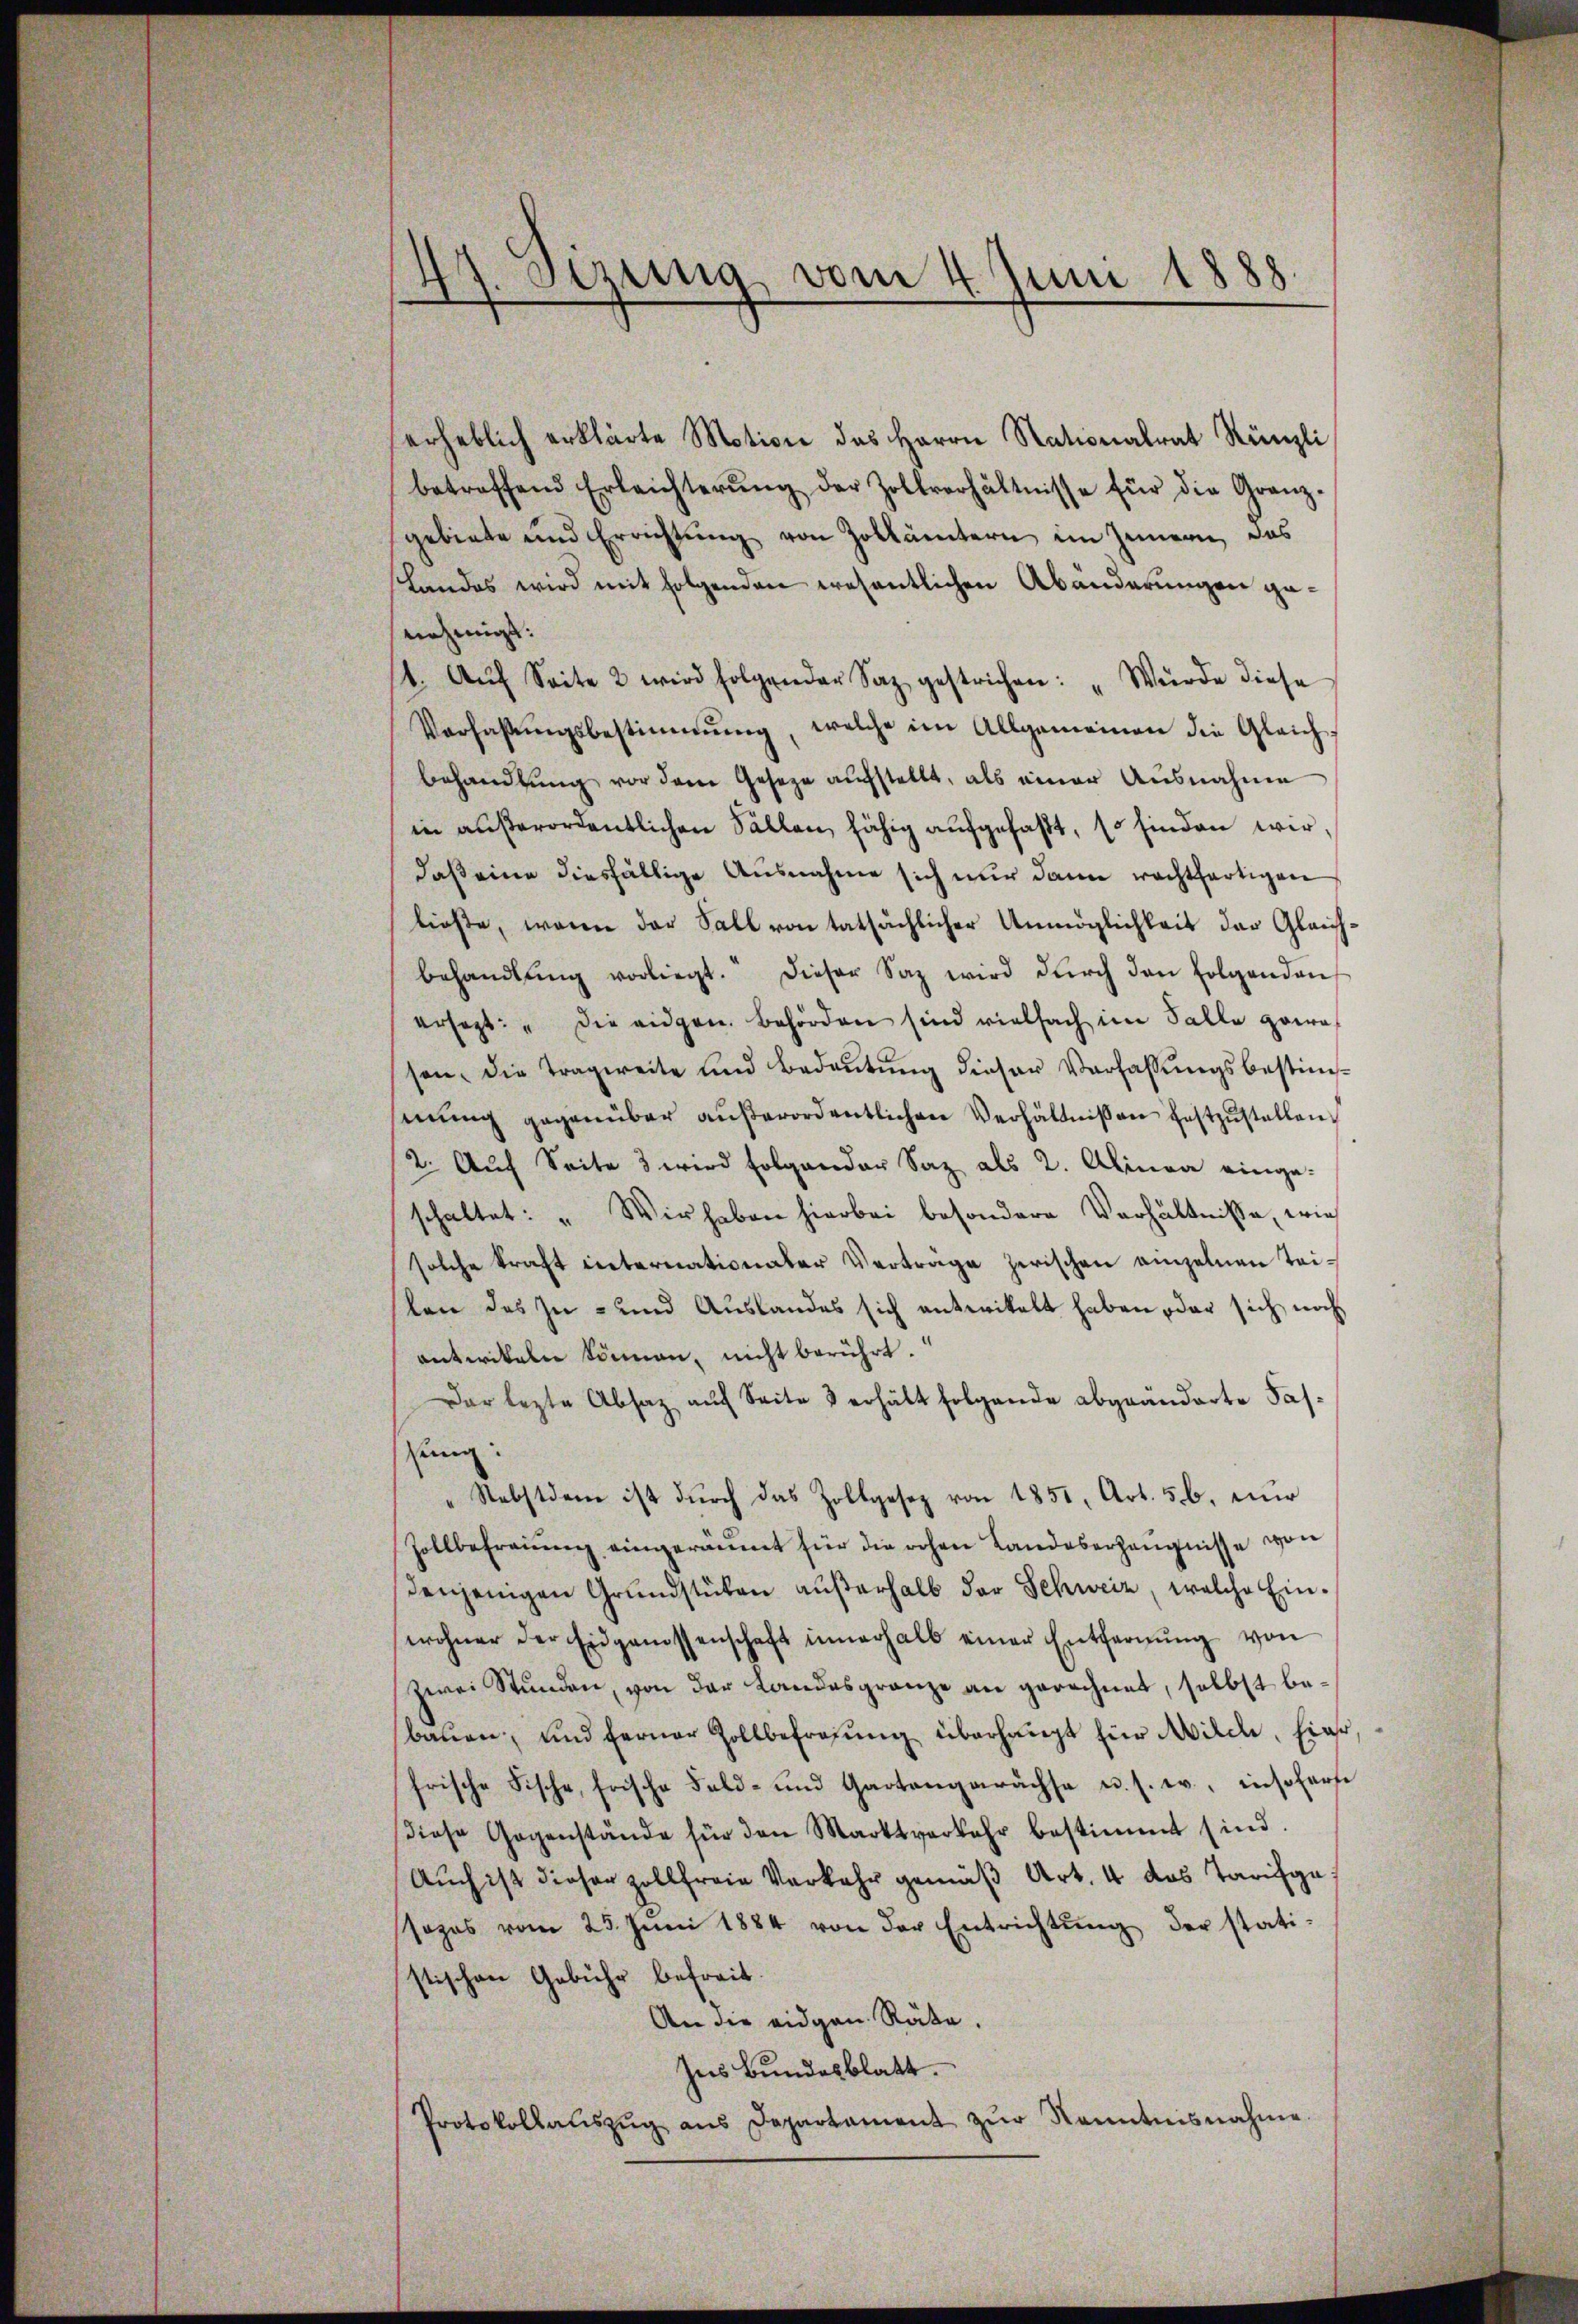
d. sezung vom 4. Juni 1888.
¬

erheblich erklärte Motion des Herrn Nationalrat Künzli
betreffend Erleichterŭng der Zollverhältnisse für die Granz-
gebiete und Errichtung von Zollämtern im Innern, das
slandes wird mit folgenden wesentlichen Abänderungen genehmigt:
(4. Aŭf Seite 2 wird folgender Saz gestrichen: "Würde diese
Verfassŭngsbestimmung, welche im Allgemeinen die Gleichbehandlung vor dem Geseze aufstellt, als einer Ausnahme
in außerordentlichen Fällen fähig aufgefaßt, so finden wir,
daß eine diesfällige Ausnahme sich nur dann rechtfertigen
ließe, wenn der Sall von tatsächlicher Unmöglichkeit der Gleichbehandlŭng vorliegt. Dieser Satz wird dŭrch den folgenden
ersagt: " die eidgen. Behörden sind vielfach im Falle gewa
sen, die Tragereite und Bedeŭtŭng dieser Verfassŭngsbestim-
mŭng gegenüber außerordentlichen Verhältnissen festzustellen.
2. Auf Seite 3 wird folgender Saz als 2. Alina einge-
schaltet: „Wir haben hierbei besondere Verhältnisse, wie
solche kraft internationaler Vertrage zwischen einzelnen Teiken des Zu- und Auslandes sich entwickelt haben oder sich noch
antikeln können, nicht berührt.
Dar lezte Absatz auf Seite 3 erhält folgende abgeänderte Fassung:
Nebstdem ist durch das Zollgesez von 1851, Art. 56. nur
Zollbefraŭŭng eingeräumt für die rohen Landeserzeugnisse von
denjenigen Grŭndstücken aŭβerhalb der Schweiz, welche Ein-
wohner der Eidgenossenschaft innerhalb einer Entfernŭng von
zwei Stunden, von der Landesgränze an gerechnet, selbst bebaŭen, und ferner Zollbefragŭng überhaupt für Milde, hier,
frische Fische, frische Feld- und Gartengerächse u. s. w., insoferse
diese Gegenstände für den Marktverkehr bestimmt sind.
Auch ist dieser Zollfreie Verkehr gemäß Art. 4 das Tarifgasozas vom 25. Jŭni 1884 von der Entrichtŭng der stati-
stischen Gebühr befreit.
An die eidgen Räte.
Ins Bundesblatt.
Protokollaŭszŭg aŭs Departament zŭr Kenntnisnahme.